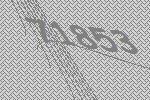
71853